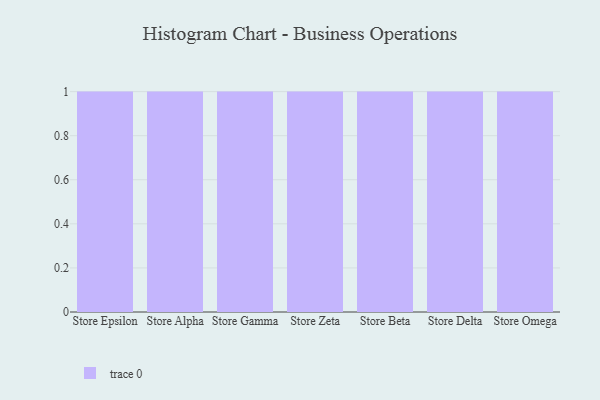
{"axis": {"x": "Store", "y": "Customer Acquisition Cost (USD)"}, "legend": [""], "data": [{"x": "Store Epsilon", "y": 93, "type": ""}, {"x": "Store Alpha", "y": 34, "type": ""}, {"x": "Store Gamma", "y": 75, "type": ""}, {"x": "Store Zeta", "y": 33, "type": ""}, {"x": "Store Beta", "y": 94, "type": ""}, {"x": "Store Delta", "y": 84, "type": ""}, {"x": "Store Omega", "y": 39, "type": ""}]}